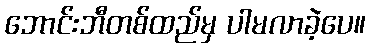
ဘောင်းဘီတစ်ထည်မှ ပါမလာခဲ့ပေ။